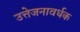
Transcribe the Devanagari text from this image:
उत्तेजनावर्धक